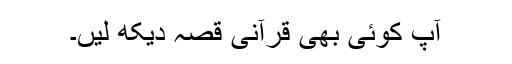
آپ کوئی بھی قرآنی قصہ دیکھ لیں۔